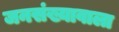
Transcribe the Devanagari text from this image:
जनसंख्यावाला